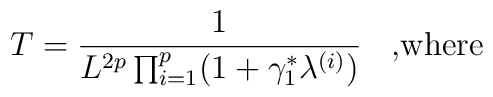
T=\frac{1}{L^{2p}\prod^{p}_{i=1}(1+\gamma^{\ast}_{1}\lambda^{(i)})}\;\;\mbox{   ,where}